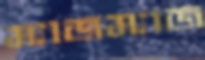
ম্যাজম্যাজ